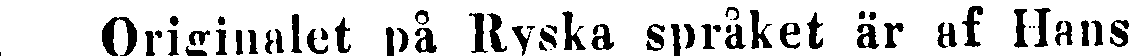
Originalet på Ryska språket är af Hans